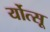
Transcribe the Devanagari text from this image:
र्योत्सू